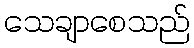
သေချာစေသည်